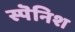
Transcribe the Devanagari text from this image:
स्पॆनिश